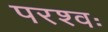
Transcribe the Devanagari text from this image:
परश्वः